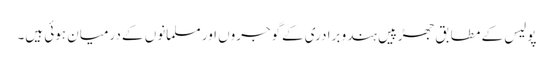
پولیس کے مطابق جھڑپیں ہندو برادری کےگوجروں اور مسلمانوں کے درمیان ہوئی ہیں۔